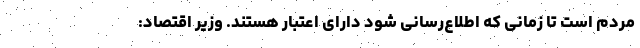
مردم است تا زمانی که اطلاع‌رسانی شود دارای اعتبار هستند. وزیر اقتصاد: